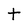
Character: t